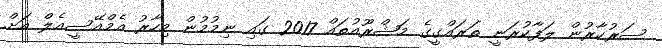
ސަރުކާރުން ލަފާކުރަނީ ތަރައްގީގެ މަޝްރޫއުތައް 2017 ގައި ނިމުމުން މިހާރު އެމްއޭސީއެލް އަށް